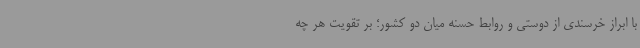
با ابراز خرسندی از دوستی و روابط حسنه میان دو کشور؛ بر تقویت هر چه